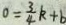
0 = \frac { 3 } { 4 } k + b